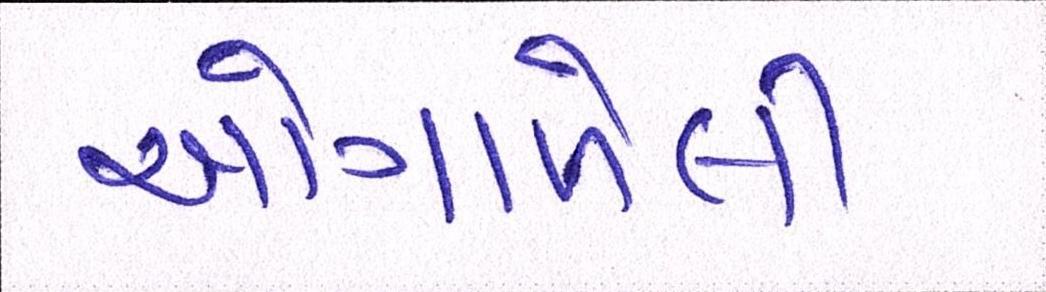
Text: ઓગાળેલી